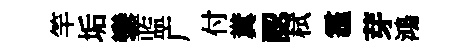
竿垢鑾监广付糞認栻霾芽鴻